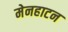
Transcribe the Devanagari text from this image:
मेनहाटन